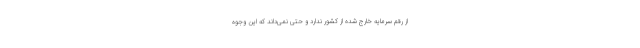
از رقم سرمایه‌ خارج شده از کشور ندارد و حتی نمی‌داند که این وجوه